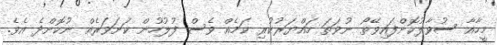
މީހާއާ ސުވާލުކޮށްފައިވޭތޯ ނުވަތަ ހައްޔަރުކުރި ކަމެއް ވެސް ފުލުހުން ކަށަވަރެއް ނުކޮށްދެ އެވެ.